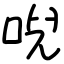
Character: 唲